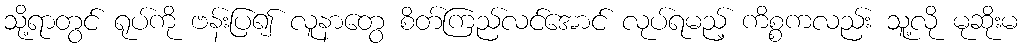
သို့ရာတွင် ရုပ်ကို ဗန်းပြ၍ လူနာတွေ စိတ်ကြည်လင်အောင် လုပ်ရမည့် ကိစ္စကလည်း သူ့လို မုဆိုးမ